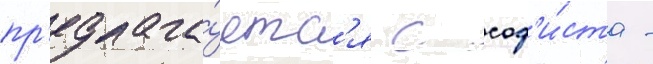
пр'едлага́етс'я с соф'и́ста -